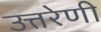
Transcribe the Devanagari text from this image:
उत्तरेणी